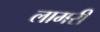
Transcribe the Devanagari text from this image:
लामरी